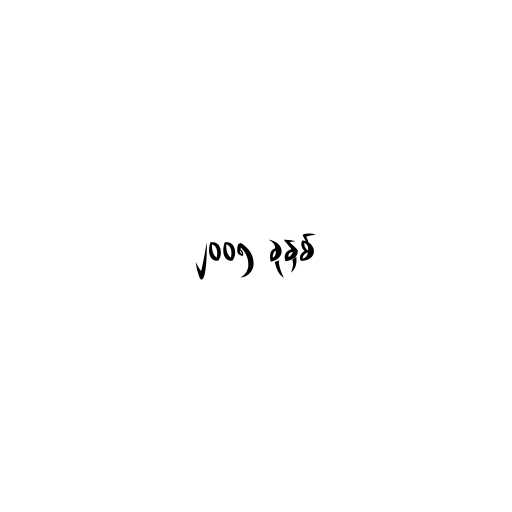
၂၀၀၅ ခုနှစ်